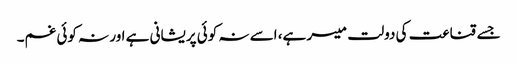
جسے قناعت کی دولت میسر ہے، اسے نہ کوئی پریشانی ہے اور نہ کوئی غم۔